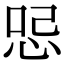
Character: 𠲹